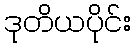
ဒုတိယပိုင်း